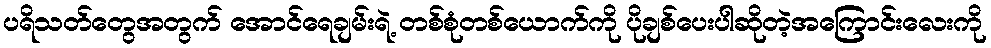
ပရိသတ်တွေအတွက် အောင်ရေချမ်းရဲ့ တစ်စုံတစ်ယောက်ကို ပိုချစ်ပေးပါဆိုတဲ့အကြောင်းလေးကို